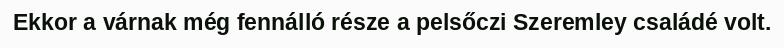
Ekkor a várnak még fennálló része a pelsőczi Szeremley családé volt.